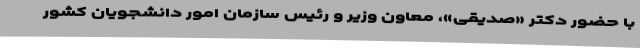
با حضور دکتر «صدیقی»، معاون وزیر و رئیس سازمان امور دانشجویان کشور